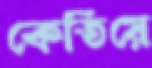
কেতিয়ে